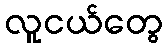
လူငယ်တွေ